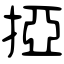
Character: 掗